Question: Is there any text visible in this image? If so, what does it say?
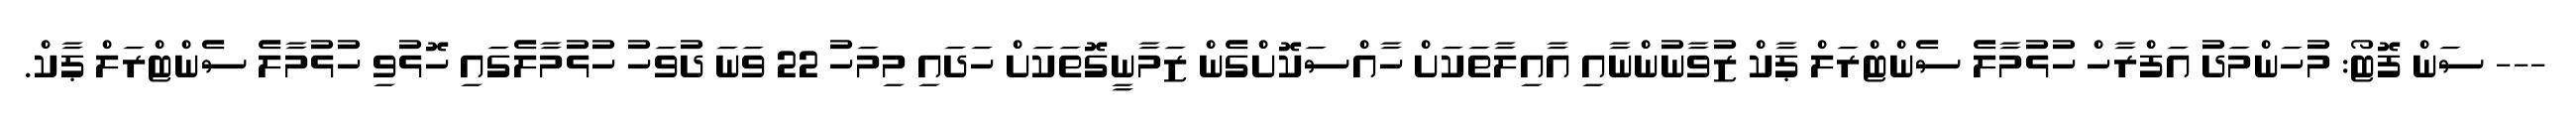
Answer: --- ސަން ފޮޓޯ: މުހަންމަދު އަފްރާހް ހުޅުމާލެ ސެންޓްރަލް ޕާކް ޒުވާނުންނާއި އާއިލާތަކަށް ހާއްސަކޮށްގެން ޒަމާނީގޮތަކަށް ހަދައި މިމަހު 22 ވަނަ ދުވަހު ހުޅުމާލެގައި ހޮޅުވި ހުޅުމާލެ ސެންޓްރަލް ޕާކް.